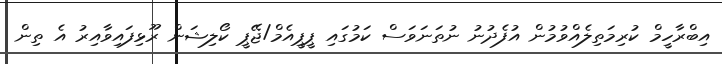
އިބްރާހީމް ކުރިމަތިލެއްވުމުން އުފެދުނު ނުތަނަވަސް ކަމުގައި ޕީޕީއެމް/ޖޭޕީ ކޯލިޝަން ރޫޅިފައިވާއިރު އެ ތިން